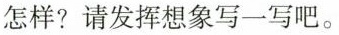
怎样?请发挥想象写一写吧。